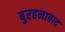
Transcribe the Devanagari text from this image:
बुरहनाबाद